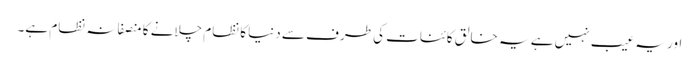
اور یہ عیب نہیں ہے یہ خالقِ کائنات کی طرف سے دنیا کا نظام چلانے کا منصفانہ نظام ہے۔